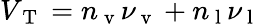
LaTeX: V_{\mathrm{~T~}}=n_{\mathrm{~v~}}\nu_{\mathrm{~v~}}+n_{\mathrm{~l~}}\nu_{\mathrm{~l~}}